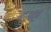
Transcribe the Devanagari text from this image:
सरलद्रव